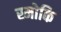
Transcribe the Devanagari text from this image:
स्मोकि